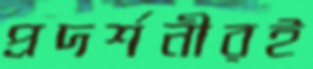
প্রদর্শনীরই